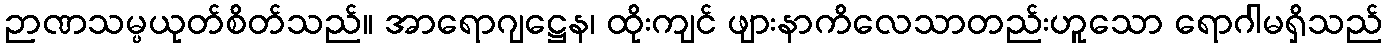
ဉာဏသမ္ပယုတ်စိတ်သည်။ အာရောဂျဋ္ဌေန၊ ထိုးကျင် ဖျားနာကိလေသာတည်းဟူသော ရောဂါမရှိသည်